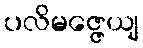
ပလိမဇ္ဇေယျ